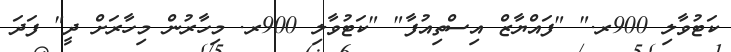
ކަޓުވާލި 900ރ." "ފައްޔާޒް އިސްތިއުފާ" "ކަޓުވާލި 900ރ. މިހާރުން މިހާރަށް ދީ" ފަދަ